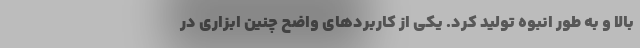
بالا و به طور انبوه تولید کرد. یکی از کاربردهای واضح چنین ابزاری در